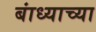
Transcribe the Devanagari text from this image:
बांध्याच्या